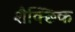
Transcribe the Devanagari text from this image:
शैक्छिक